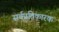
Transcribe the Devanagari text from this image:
सर्वप्रतिकारक